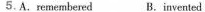
5.A.remembered B.invented